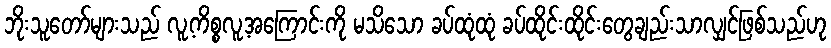
ဘိုးသူတော်များသည် လူ့ကိစ္စလူ့အကြောင်းကို မသိသော ခပ်ထုံထုံ ခပ်ထိုင်းထိုင်းတွေချည်းသာလျှင်ဖြစ်သည်ဟု